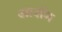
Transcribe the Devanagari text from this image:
आर्शम